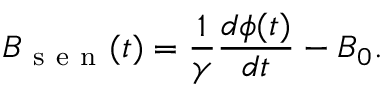
B _ { \mathrm { ~ s ~ e ~ n ~ } } ( t ) = \frac { 1 } { \gamma } \frac { d \phi ( t ) } { d t } - B _ { 0 } .